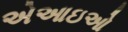
એઆઇઓ